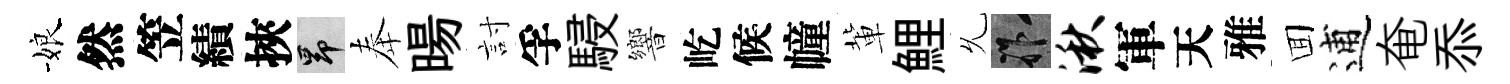
娘然笠績挾昂奉暘討孚駸響屹候幢軰鯉𠃔祚湫軍天雅囬逋奄忝